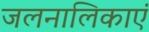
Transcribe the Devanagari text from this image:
जलनालिकाएं